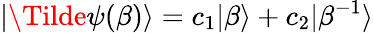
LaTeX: |\Tilde{\psi}(\beta)\rangle=c_{1}|\beta\rangle+c_{2}|\beta^{-1}\rangle